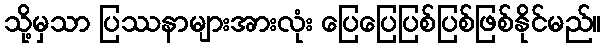
သို့မှသာ ပြဿနာများအားလုံး ပြေပြေပြစ်ပြစ်ဖြစ်နိုင်မည်။